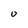
Character: u